Indian journal of veterinary science and animal husbandry - Volume 2,
Year: 1932
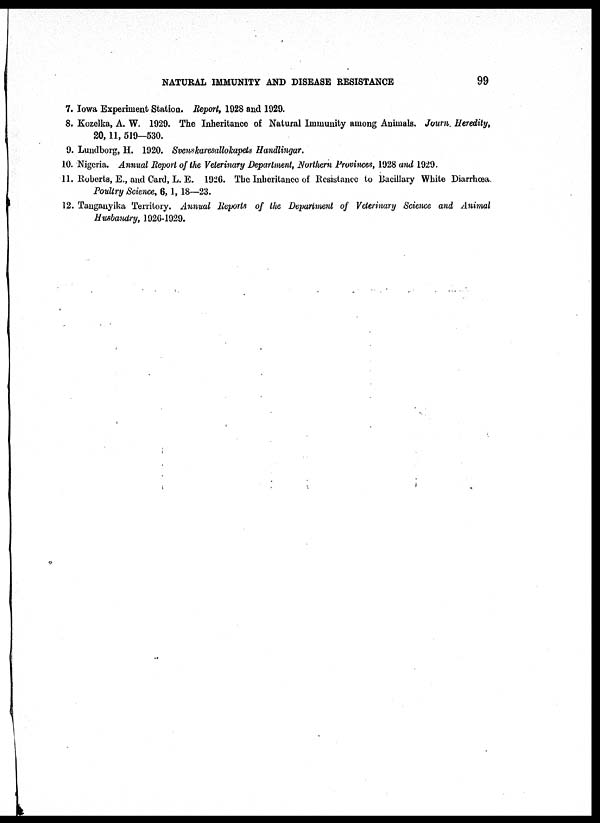
NATURAL IMMUNITY AND DISEASE RESISTANCE
99
7. Iowa Experiment Station. Report, 1928 and 1929.
8. Kozelka, A. W. 1929. The Inheritance of Natural Immunity among Animals. Journ. Heredity,
20, 11, 519—530.
9. Lundborg, H. 1920. Svenskaresallokapets Handlingar.
10. Nigeria. Annual Report of the Veterinary Department, Northern Provinces, 1928 and 1929.
11. Roberts, E., and Card, L. E. 1926. The Inheritance of Resistance to Bacillary White Diarrhœa.
Poultry Science, 6,1, 18—23.
12. Tanganyika Territory. Annual Reports of the Department of Veterinary Science and Animal
Husbandry, 1926-1929.